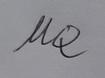
Signature authenticity: forged